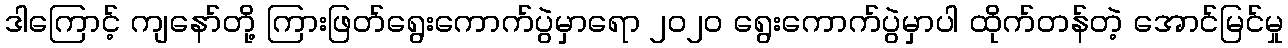
ဒါကြောင့် ကျနော်တို့ ကြားဖြတ်ရွေးကောက်ပွဲမှာရော ၂ဝ၂ဝ ရွေးကောက်ပွဲမှာပါ ထိုက်တန်တဲ့ အောင်မြင်မှု